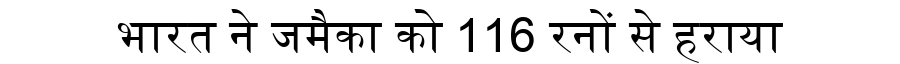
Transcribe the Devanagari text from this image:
भारत ने जमैका को 116 रनों से हराया